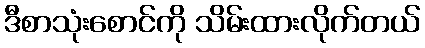
ဒီစာသုံးစောင်ကို သိမ်းထားလိုက်တယ်